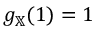
g _ { \mathbb { X } } ( 1 ) = 1